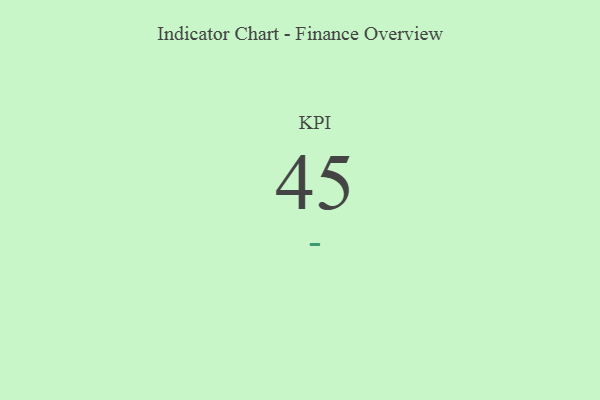
{"axis": {"x": "KPI", "y": "Value"}, "legend": [""], "data": [{"x": "KPI", "y": 45, "type": ""}]}